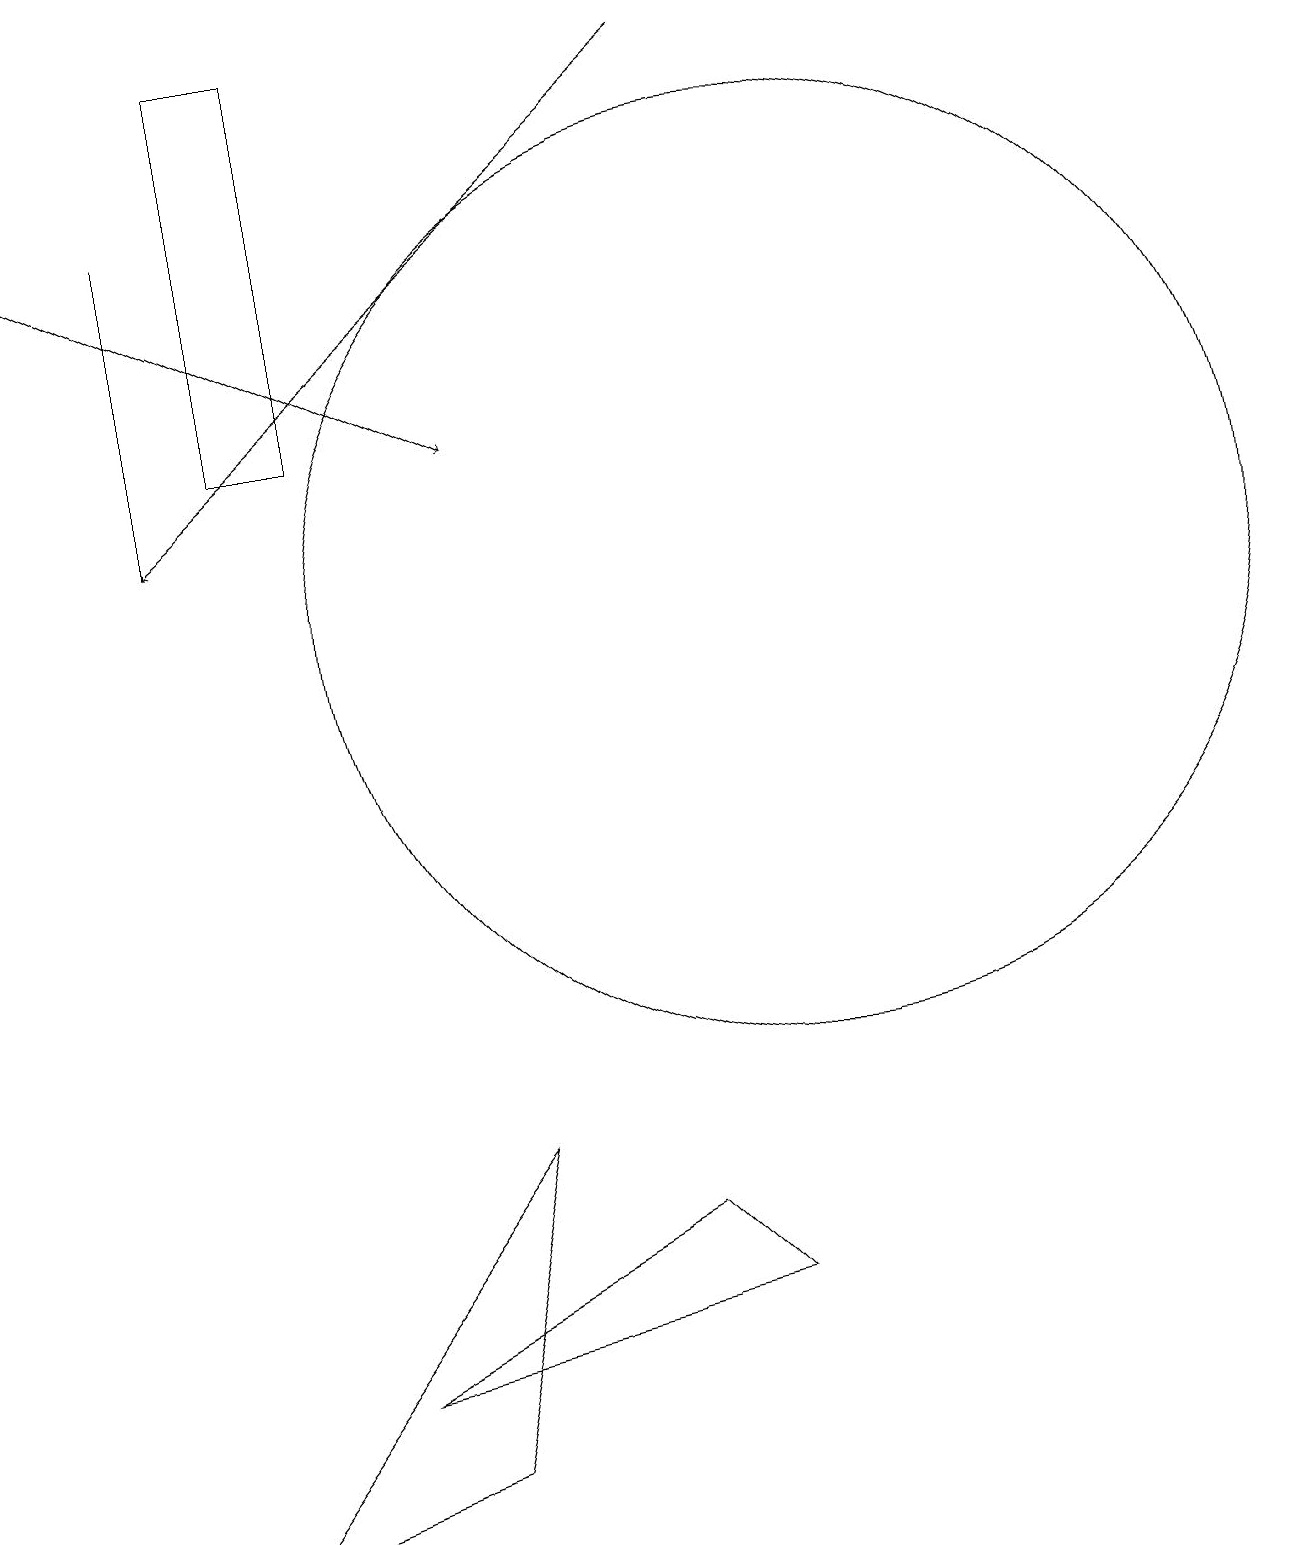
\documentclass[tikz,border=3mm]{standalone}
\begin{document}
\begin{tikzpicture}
\draw (10,12) circle (6);
\draw (8,4) -- (9,3) -- (4,2) -- cycle;
\draw (2,17) rectangle (2,13);
\draw[->] (0,17) -- (6,14);
\draw (11,12) circle (0);
\draw[->] (9,19) -- (2,13);
\draw (3,14) rectangle (4,19);
\draw (5,1) -- (6,5) -- (2,0) -- cycle;
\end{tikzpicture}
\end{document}